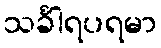
သင်္ခါရပရမာ